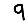
Digit: 9